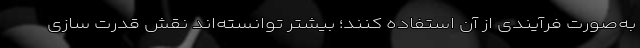
به‌صورت فرآیندی از آن استفاده کنند؛ بیشتر توانسته‌اند نقش قدرت سازی